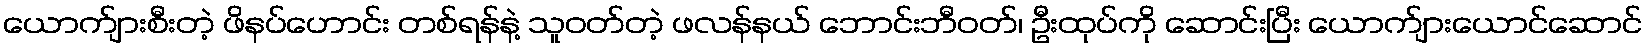
ယောက်ျားစီးတဲ့ ဖိနပ်ဟောင်း တစ်ရန်နဲ့ သူဝတ်တဲ့ ဖလန်နယ် ဘောင်းဘီဝတ်၊ ဦးထုပ်ကို ဆောင်းပြီး ယောက်ျားယောင်ဆောင်